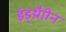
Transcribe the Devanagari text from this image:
इंड्थ्रैाीन